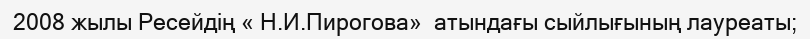
2008 жылы Ресейдің « Н.И.Пирогова»  атындағы сыйлығының лауреаты;